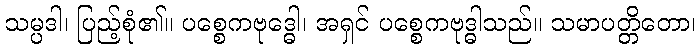
သမ္ပဒါ၊ ပြည့်စုံ၏။ ပစ္စေကဗုဒ္ဓေါ၊ အရှင် ပစ္စေကဗုဒ္ဓါသည်။ သမာပတ္တိတော၊